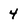
Character: 4